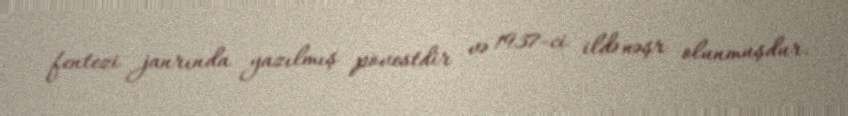
fentezi janrında yazılmış povestdir və 1937-ci ildə nəşr olunmuşdur.